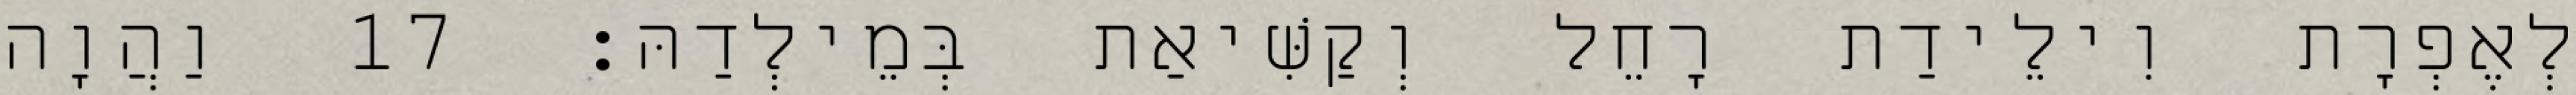
לְאֶפְרָת וִילֵידַת רָחֵל וְקַשִּׁיאַת בְּמֵילְדַהּ׃ 17 וַהֲוָה